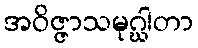
အဝိဇ္ဇာသမုဂ္ဃါတာ